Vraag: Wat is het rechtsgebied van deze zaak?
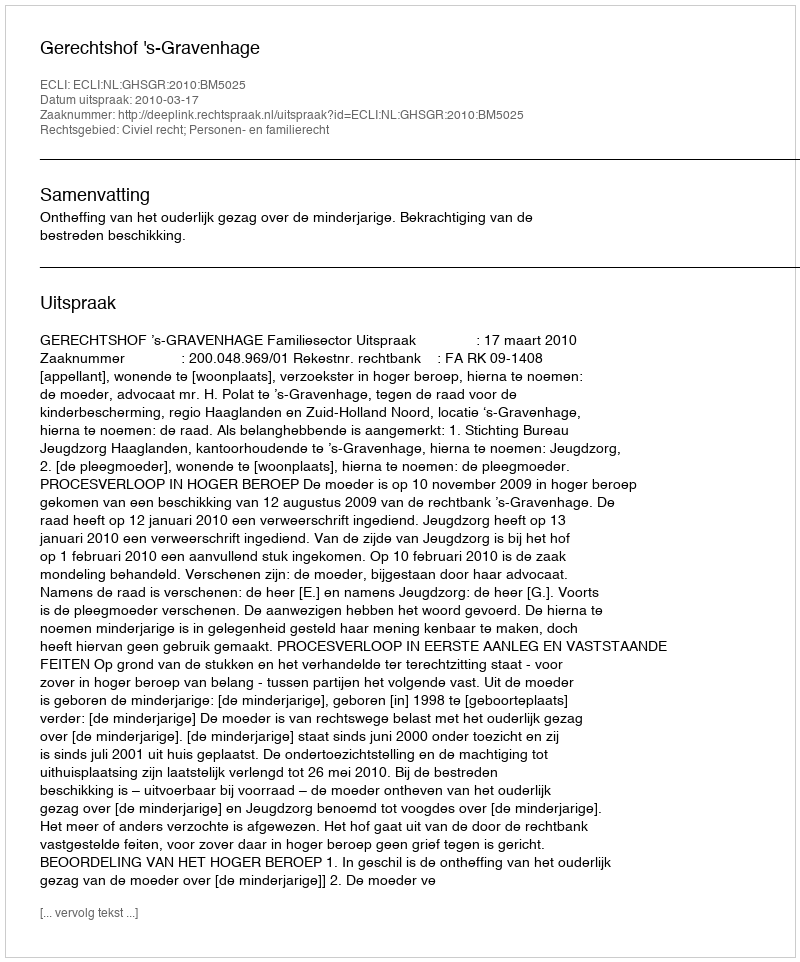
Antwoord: Civiel recht; Personen- en familierecht